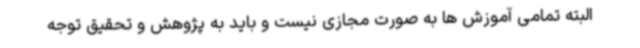
البته تمامی آموزش ها به صورت مجازی نیست و باید به پژوهش و تحقیق توجه